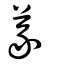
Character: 義